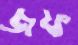
জফ